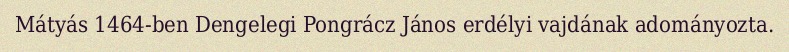
Mátyás 1464-ben Dengelegi Pongrácz János erdélyi vajdának adományozta.